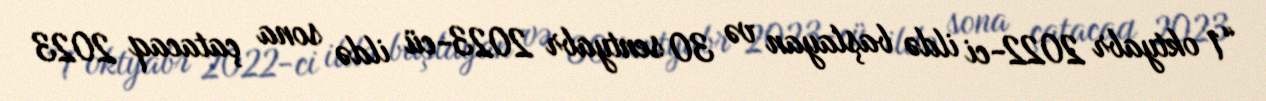
“1 oktyabr 2022-ci ildə başlayan və 30 sentyabr 2023-cü ildə sona çatacaq 2023